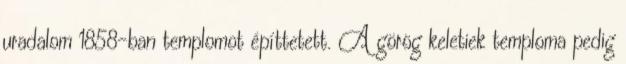
uradalom 1858-ban templomot építtetett. A görög keletiek temploma pedig